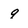
Character: 9